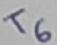
Text: T6